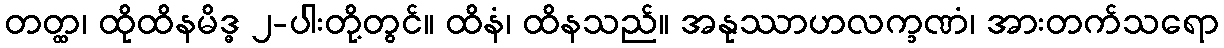
တတ္ထ၊ ထိုထိနမိဒ္ဓ ၂-ပါးတို့တွင်။ ထိနံ၊ ထိနသည်။ အနုဿာဟလက္ခဏံ၊ အားတက်သရော